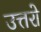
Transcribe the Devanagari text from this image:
उत्तरो